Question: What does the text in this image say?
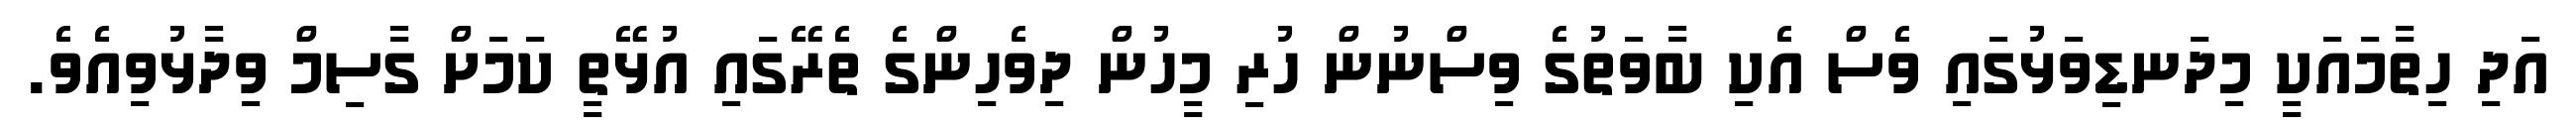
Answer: އަދި ހިތާމައަކީ މިދަނޑިވަޅުގައި ވެސް އެކި ބާވަތުގެ ވިސްނުން ހުރި މީހުން ދިވެހިންގެ ތެރޭގައި އުޅޭތީ ކަމަށް ގާސިމް ވިދާޅުވިއެވެ.